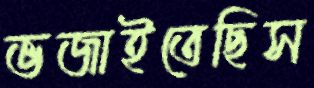
ভজাইতেছিস